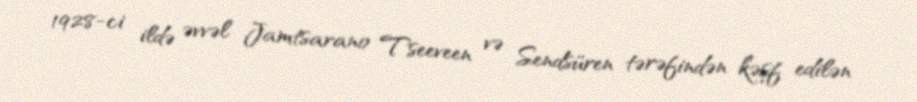
1928-ci ildə əvvəl Jamtsarano Tseeveen və Sendsüren tərəfindən kəşf edilən